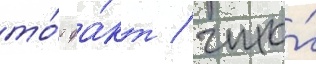
то́т фа́кт / что́